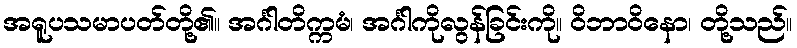
အရူပသမာပတ်တို့၏။ အင်္ဂါတိက္ကမံ၊ အင်္ဂါကိုလွန်ခြင်းကို။ ဝိဘာဝိနော၊ တို့သည်။